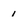
Character: 1